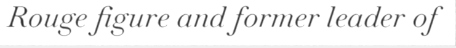
Rouge figure and former leader of